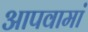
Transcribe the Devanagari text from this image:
आपवामां